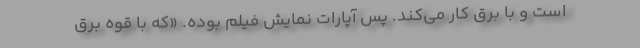
است و با برق کار می‌کند. پس آپارات نمایش فیلم بوده. «که با قوه برق